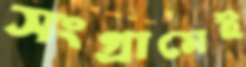
সংগ্রামেই